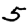
Digit: 5